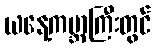
ယနေ့ကမ္ဘာကြီးတွင်